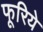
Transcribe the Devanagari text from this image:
फूरिये